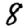
Digit: 8